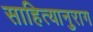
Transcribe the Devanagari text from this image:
साहित्यानुराग